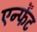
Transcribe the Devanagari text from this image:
एन्फेंट